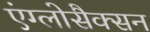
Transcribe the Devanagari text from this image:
एंग्लोसैक्सन